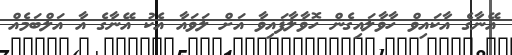
އޭނާގެ އާކައިވް ހާވާލައިގެން ހޮވާލާފައިވާ އަށް ލަވައާ އެކު އޭނާގެ އާ އަލްބަމެއް